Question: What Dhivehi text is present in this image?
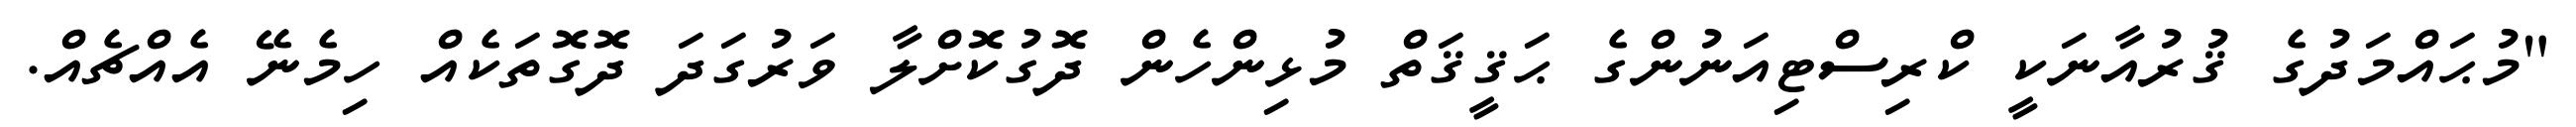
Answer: "މުޙައްމަދުގެ ޤުރުއާނަކީ ކްރިސްޓިއަނުންގެ ޙަޤީޤަތް މުޅިންހެން ދޮގުކޮށްލާ ވަރުގަދަ ދޮގޮތަކެއް ހިމެނޭ އެއްޗެއް.